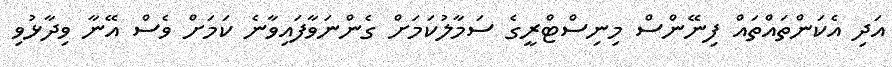
އަދި އެކަންތައްތައް ފިނޭންސް މިނިސްޓްރީގެ ސަމާލުކަމަށް ގެންނަވާފައިވާނެ ކަމަށް ވެސް އޭނާ ވިދާޅުވި